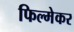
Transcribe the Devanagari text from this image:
फिल्मेकर